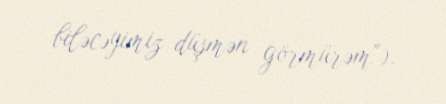
biləcəyimiz düşmən görmürəm").